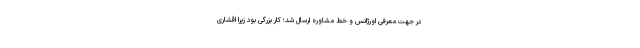
در جهت معرفی اورژانس و خط مشاوره ارسال شد؛ کار بزرگی بود زیرا اقشاری